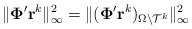
\begin{align*} \|\mathbf{\Phi}' \mathbf{r}^k\|_\infty^2 = \|(\mathbf{\Phi}' \mathbf{r}^k)_{\Omega \backslash \mathcal{T}^k}\|_\infty^2\end{align*}